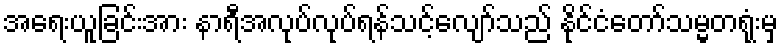
အရေးယူခြင်းအား နာရီအလုပ်လုပ်ရန်သင့်လျော်သည် နိုင်ငံတော်သမ္မတရုံးမှ